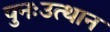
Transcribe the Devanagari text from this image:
पुनःउत्थान